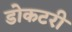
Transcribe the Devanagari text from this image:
डोकटरी